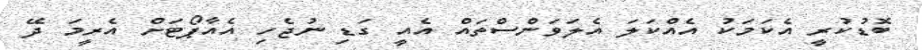
ބޮޑުކުރީ އެކަމަކު އެއްކަލަ އެލަވަންސްތައް އެއީ ގަޑި ނުޖެހި އެއާޕޯޓަށް އެރީމަ ދޭ